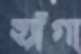
হ্যাঁগা